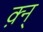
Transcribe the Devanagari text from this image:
क़्न्